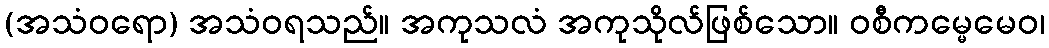
(အသံဝရော) အသံဝရသည်။ အကုသလံ အကုသိုလ်ဖြစ်သော။ ဝစီကမ္မေမေဝ၊